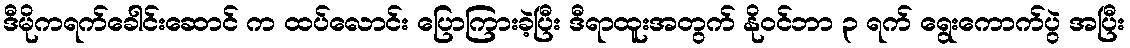
ဒီမိုကရက်ခေါင်းဆောင် က ထပ်လောင်း ပြောကြားခဲ့ပြီး ဒီရာထူးအတွက် နိုဝင်ဘာ ၃ ရက် ရွေးကောက်ပွဲ အပြီး